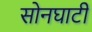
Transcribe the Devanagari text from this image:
सोनघाटी